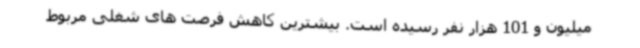
میلیون و 101 هزار نفر رسیده است. بیشترین کاهش فرصت های شغلی مربوط